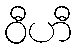
ဝီဟီ